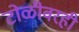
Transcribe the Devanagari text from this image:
टोळीवरही